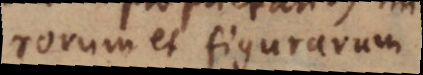
numerorum et figurarum